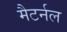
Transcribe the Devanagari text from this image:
मैटर्नल